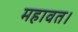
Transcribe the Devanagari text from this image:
महावत।